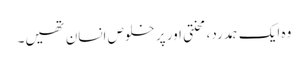
وہ ایک ہمدرد، محنتی اور پر خلوص انسان تھیں۔